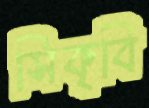
সিকৃবি